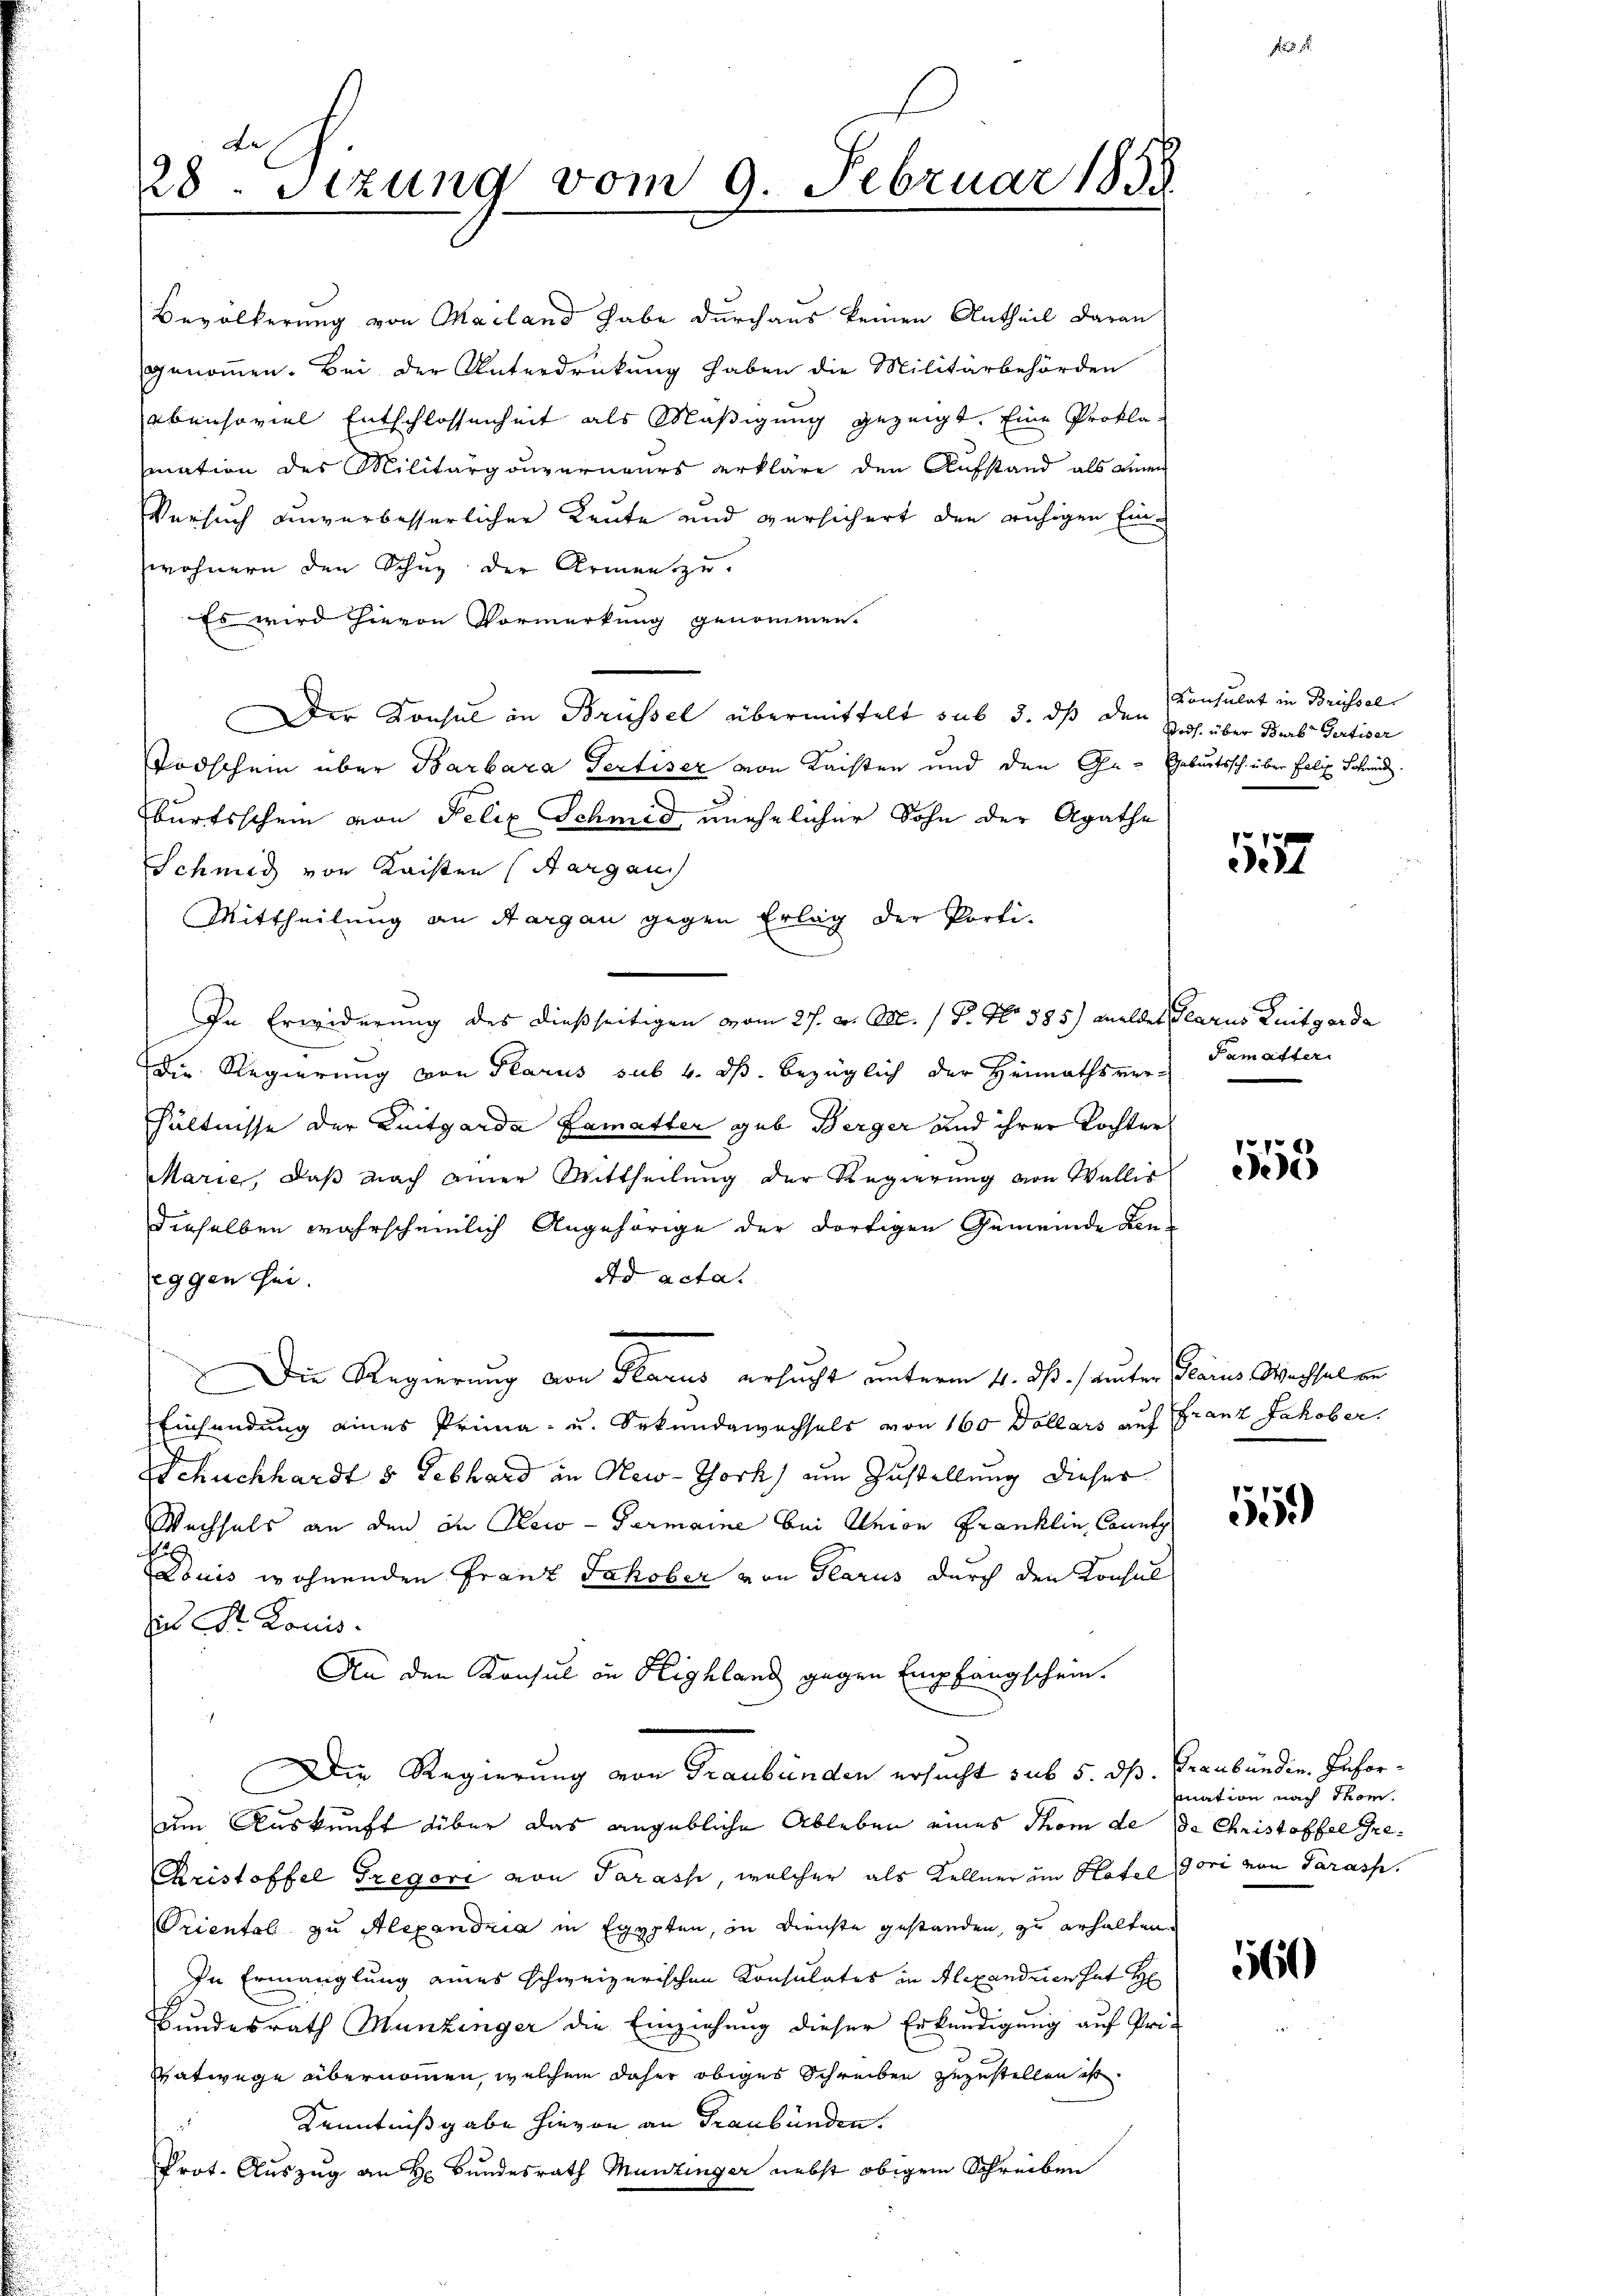
28. Sizung vom 9. Februar 1858.

Bevölkerung von Mailand habe durchaus keinen Antheil daran
genommen. Bei der Unterdrückung haben die Militärbehörden
ebensoviel Entschlossenheit als Mäßigung gezeigt. Eine Prokla
mation des Militärgouverneurs erkläre den Aufstand als einen
Versuch unverbesserlicher Leute und versichert den ruhigen Einwohnern den Schŭg der Armen zŭ-
Es wird hievon Vormerkung genommen.
Der Konsul in Brüssel übermittelt sub d. daß den
Todschein über Barbara Fertiser von Kaisten und den Ge- Geburtssch über Felix Schmid
burtsschein von Felix Schmid unehelicher Sohn der Agathe
Schmid von Kaisten (Aargau
Mittheilung an Aargau gegen Erlag der Porti-
In Erwiderung des dießseitigen vom 27. v. M. / P. No 385) meldet Glarus Luitgarda
Die Regierung von Glarus sub. 4. ds. bezüglich der Heimathsver- Pamatter
hältnisse der Luitgarda Lamatter gab Berger und ihrer Tochter
Marie, daß nach einer Mittheilung der Regierung von Wallis
dieselben wahrscheinlich Angehörige der dortigen Gemeinde Kon-
Ad acta.
eggen sei.
Die Regierung von Glarus ersucht unterm 4. ds. / Unter Scarius Wachsel an
Einsendung eines Prima- u. Sekundgwechsels von 160 Dollars auf Franz Jakober.
Schuckhardt s Lebhard an New-York, um Zustellung dieser
Wechsels an den in Reco- Permaine bei Klein Franklin Connt
5
Louis wohnenden Franz Jakober von Glarus durch den Konsul
in Str. Louis
An den Konsul in Highland gegen Empfangschein.
Die Regierung von Graubünden ersucht sub 5. ds. Graubündin. Inforum Auskunft über das angebliche Ableben eines Thom de de Christoffel Gre¬
Kristoffel Gregore von Tarasse, welcher als Kellner im Hotel Gori von Parass
Triental zu Alexandria in Egypten, in Dienste gestanden, zu erhalten.
In Ermanglung eines schweizerischen Konsulates in Alexanderen hat H
Bundesrath Munzinger die Einziehung dieser Erkundigung auf Pri-
Vatwege übernommen, welchem daher obiges Schreiben zuzustellen ist.
Kenntnißgabe hievon an Graubünden.
3
Prot. Auszug an H. Bundesrath Munzinger nebst obigem Schreiben

Konsulat in Brüssel
Wodh, über Barb Gertiser

1557

1553

155

mation nach Thom.

1